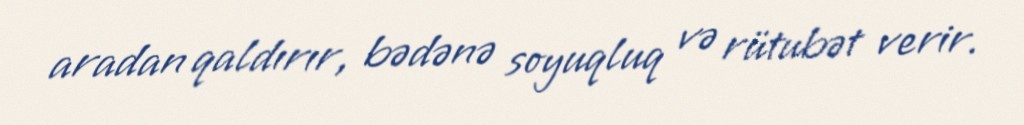
aradan qaldırır, bədənə soyuqluq və rütubət verir.